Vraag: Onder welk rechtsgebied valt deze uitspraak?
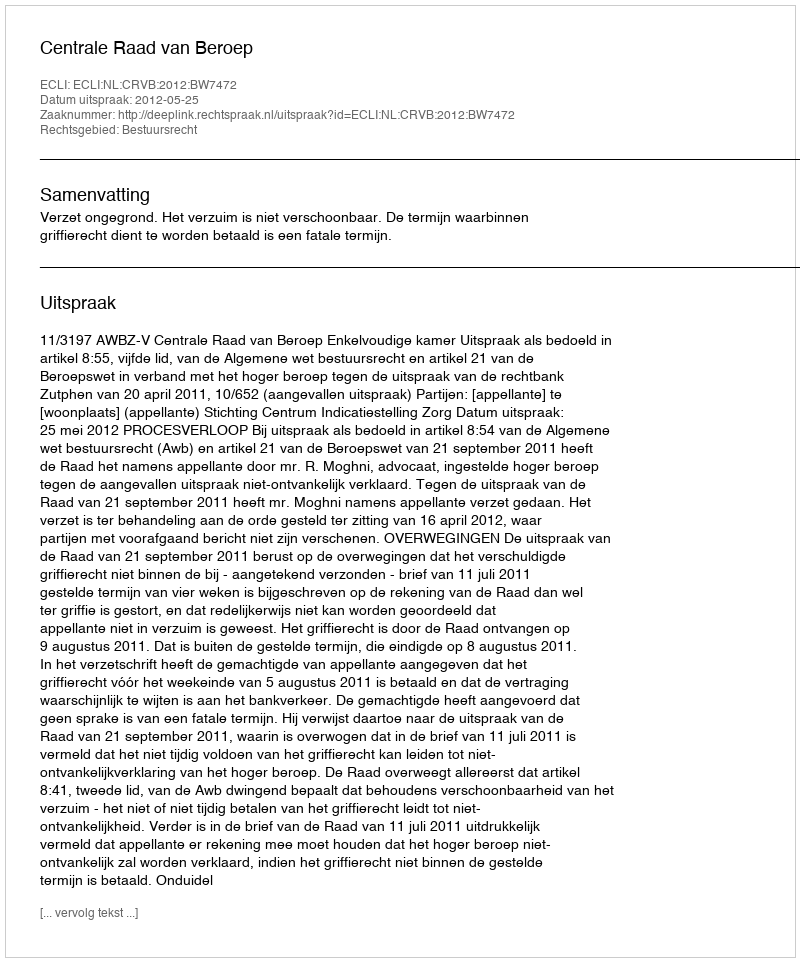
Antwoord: Bestuursrecht